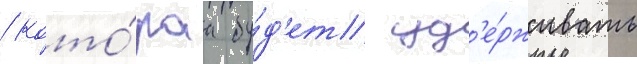
/ кото́раа бу́д'ет уд'е́рживать